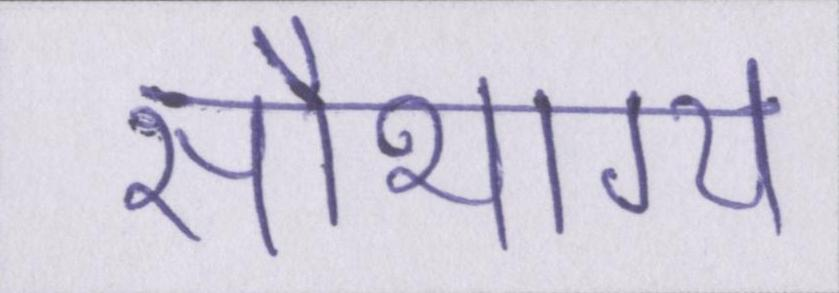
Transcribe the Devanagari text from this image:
सौभाग्य